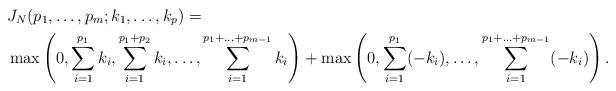
LaTeX: \begin{align*}& J_N(p_1, \ldots, p_m; k_1,\ldots, k_p)= \\& \max\left(0, \sum_{i=1}^{p_1} k_i, \sum_{i=1}^{p_1+p_2} k_i, \ldots, \sum_{i=1}^{p_1+\ldots+p_{m-1}} k_i\right)+\max\left(0, \sum_{i=1}^{p_1} (-k_i), \ldots, \sum_{i=1}^{p_1+\ldots+p_{m-1}} (-k_i)\right).\end{align*}